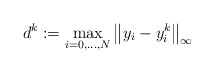
\begin{align*}d^{k} := \max_{i=0,\ldots,N} \left\| y_{i} - y^{k}_{i} \right\|_{\infty}\end{align*}